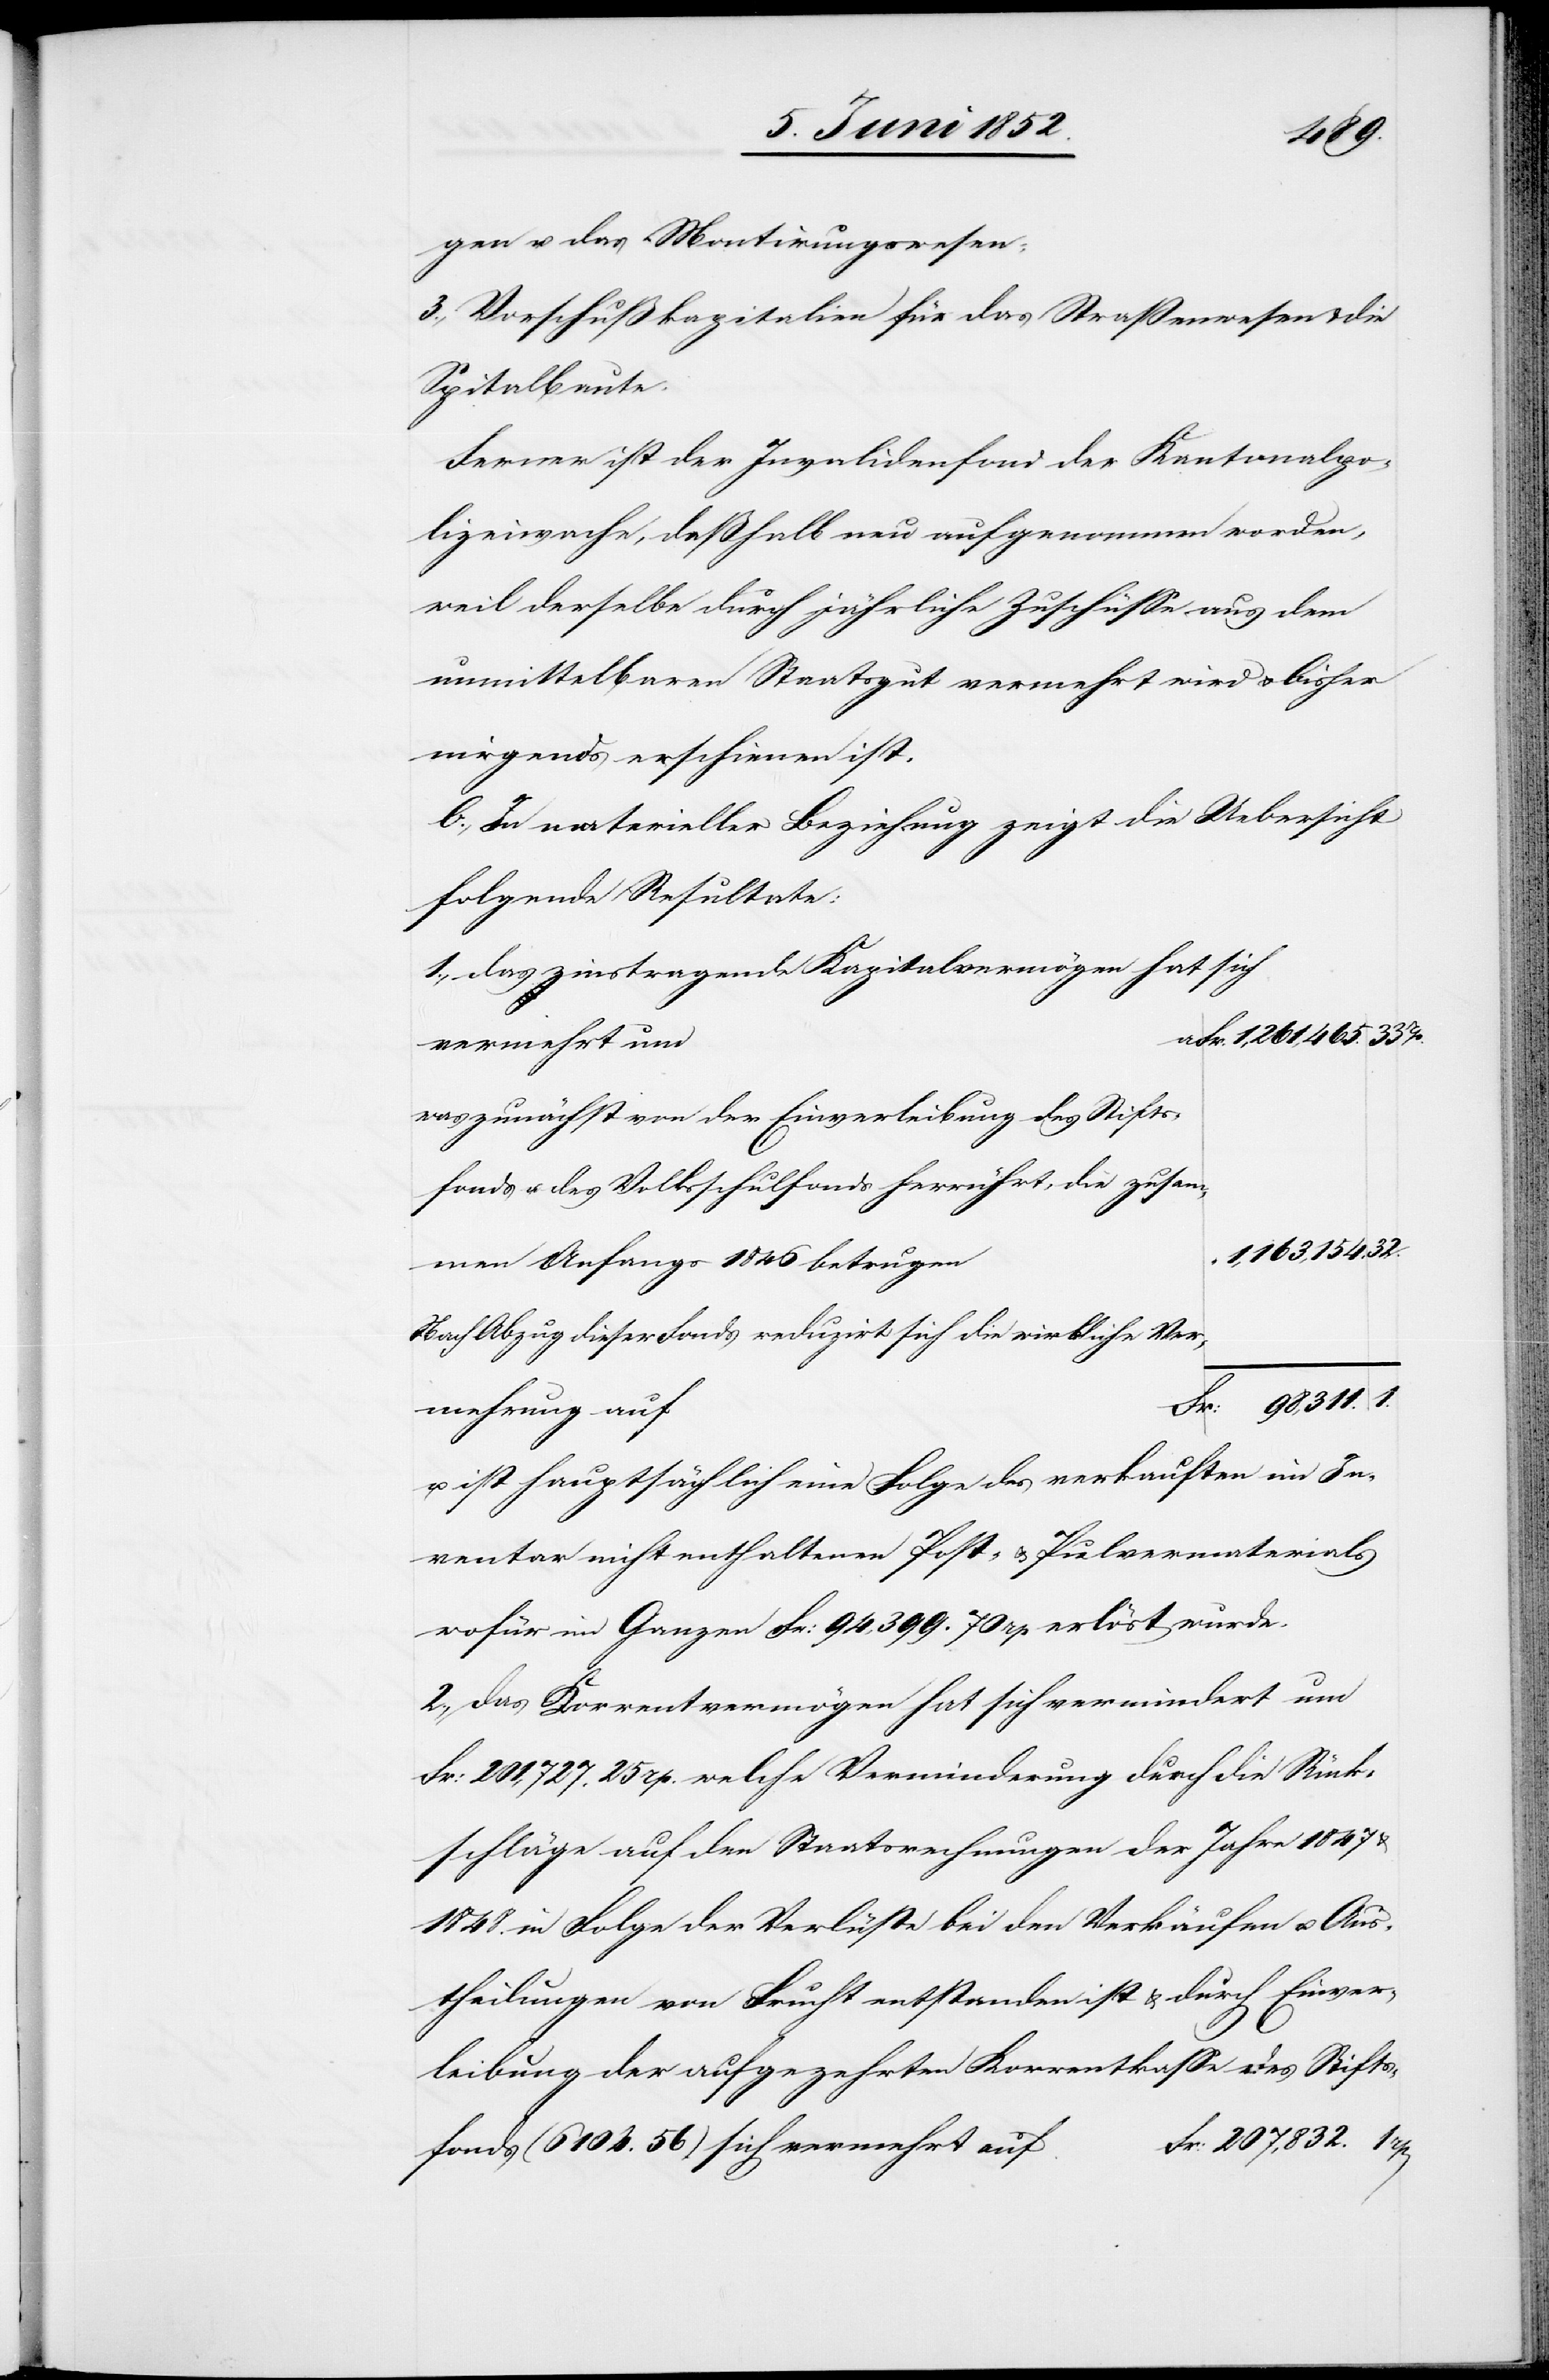
Einver¬
gen u. das Montirungswesen;
Vorschußkapitalien für das Straßenwesen & die
Spitalbaute.
Ferner ist der Invalidenfond der Kantonalpo¬
lizeiwache, deßhalb neu aufgenommen worden,
weil derselbe durch jährliche Zuschüsse aus dem
unmittelbaren Staatsgut vermehrt wird & bisher
nirgends erschienen ist.
b., In materieller Beziehung zeigt die Uebersicht
folgende Resultate:
1., das zinstragende Kapitalvermögen hat sich
aFr. 1,261,465.
vermehrt um
was zunächst von der Einverleibung des Stifts¬
fonds u. des Volksschulfonds herrührt, die zusam¬
men Anfangs 1846 betrugen
Nach Abzug dieser Fonds reduzirt sich die wirkliche Ver¬
Fr: 98,311.
mehrung auf
ist hauptsächlich eine Folge des verkauften im In¬
ventar nicht enthaltenen Post- & Pulvermaterials
wofür im Ganzen Fr: 94,399. 70 rp erlöst wurde.
2., das Korrentvermögen hat sich vermindert um
Fr: 201,727. 25 rp. welche Verminderung durch die Rück¬
schläge auf den Staatsrechnungen der Jahre 1847
1848. in Folge der Verlüste bei den Verkäufen u. Aus¬
theilungen von Frucht entstanden ist & durch
leibung der aufgezehrten Korrentkasse des Stifts¬
Fr: 207,832.
fonds (6104. 56) sich vermehrt auf